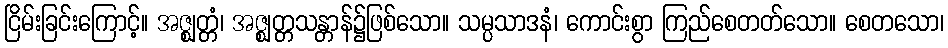
ငြိမ်းခြင်းကြောင့်။ အဇ္ဈတ္တံ၊ အဇ္ဈတ္တသန္တာန်၌ဖြစ်သော။ သမ္ပသာဒနံ၊ ကောင်းစွာ ကြည်စေတတ်သော။ စေတသော၊